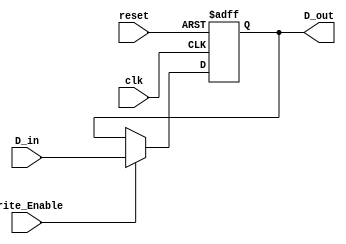
module ForwardingRegister (
    input wire [31:0] D_in,        // Data input (32 bits)
    input wire Write_Enable,       // Control signal to write data
    input wire clk,                // Clock signal
    input wire reset,              // Asynchronous reset
    output reg [31:0] D_out        // Data output (32 bits)
);

// Sequential logic for the Forwarding Register
always @(posedge clk or posedge reset) begin
    if (reset) begin
        D_out <= 32'b0;            // Clear the register on reset
    end else if (Write_Enable) begin
        D_out <= D_in;             // Store data on Write_Enable
    end
    // If Write_Enable is low, retain the previous value (implicit)
end

endmodule